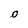
Character: 0